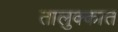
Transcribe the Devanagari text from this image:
तालुक्कात